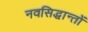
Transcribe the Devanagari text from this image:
नवसिद्धान्तों